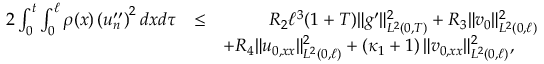
\begin{array} { r l r } { 2 \int _ { 0 } ^ { t } \int _ { 0 } ^ { \ell } \rho ( x ) \left( u _ { n } ^ { \prime \prime } \right) ^ { 2 } d x d \tau } & { \leq } & { R _ { 2 } \ell ^ { 3 } ( 1 + T ) \Vert g ^ { \prime } \Vert _ { L ^ { 2 } ( 0 , T ) } ^ { 2 } + R _ { 3 } \Vert v _ { 0 } \Vert _ { L ^ { 2 } ( 0 , \ell ) } ^ { 2 } } \\ & { } & { + R _ { 4 } \Vert u _ { 0 , x x } \Vert _ { L ^ { 2 } ( 0 , \ell ) } ^ { 2 } + \left( \kappa _ { 1 } + 1 \right) \Vert v _ { 0 , x x } \Vert _ { L ^ { 2 } ( 0 , \ell ) } ^ { 2 } , ~ ~ ~ ~ } \end{array}